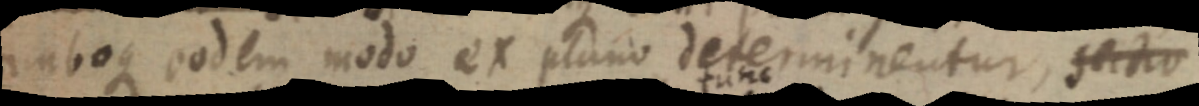
amboque eodem modo ex plano determinentur, sectio